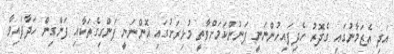
އަދި އެޒަމާނުގައި ގެދޮރު ހެދިފައިހުންނަނީ ފަނުންކަމަށްވާތީ މުޅިރަށުގައި އޮންނަނީ ފަންގިގެތަކާއި ފަންގިން ހަދާފައިވާ